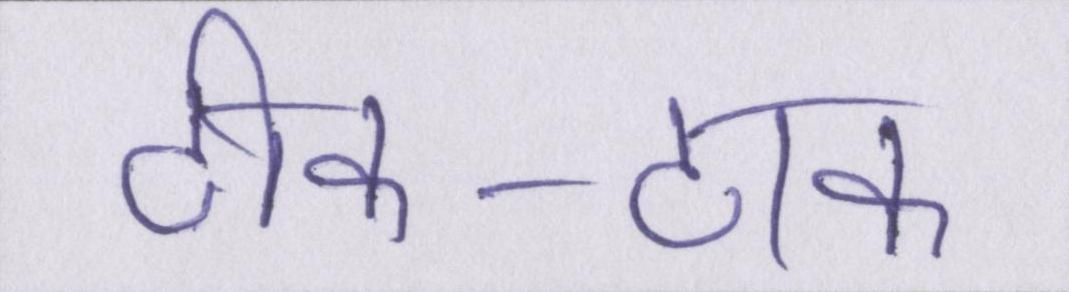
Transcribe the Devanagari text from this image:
ठीक-ठाक